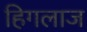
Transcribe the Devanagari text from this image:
हिगलाज